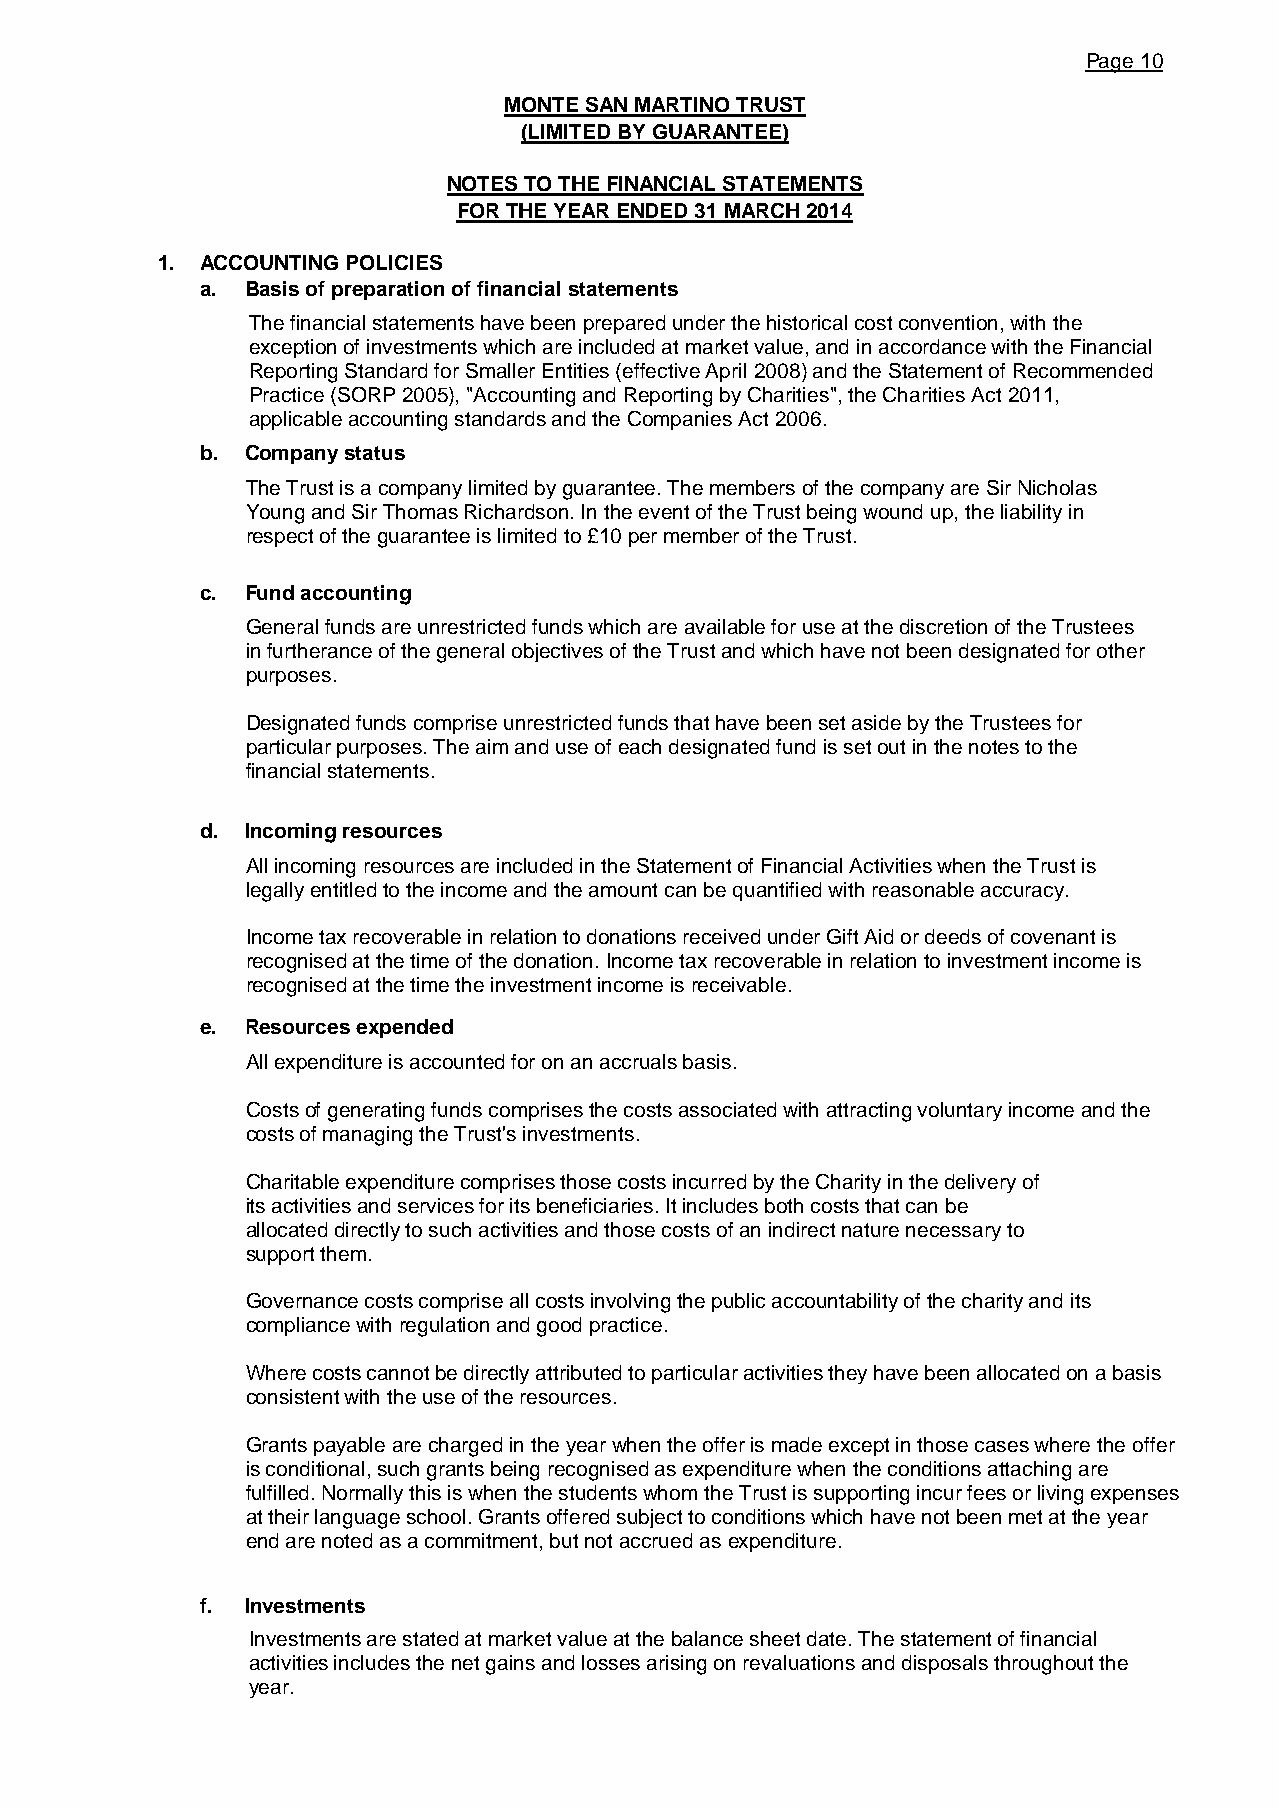
Page 10
 MONTE SAN MARTINO TRUST
 (LIMITED BY GUARANTEE)
 NOTES TO THE FINANCIAL STATEMENTS
 FOR THE YEAR ENDED 31 MARCH 2014
 1. ACCOUNTING POLICIES
 a. Basis of preparation of financial statements
 The financial statements have been prepared under the historical cost convention, with the
 exception of investments which are included at market value, and in accordance with the Financial
 Reporting Standard for Smaller Entities (effective April 2008) and the Statement of Recommended
 Practice (SORP 2005), "Accounting and Reporting by Charities", the Charities Act 2011,
 applicable accounting standards and the Companies Act 2006.
 b. Company status
 The Trust is a company limited by guarantee. The members of the company are Sir Nicholas
 Young and Sir Thomas Richardson. In the event of the Trust being wound up, the liability in
 respect of the guarantee is limited to £10 per member of the Trust.
 c. Fund accounting
 General funds are unrestricted funds which are available for use at the discretion of the Trustees
 in furtherance of the general objectives of the Trust and which have not been designated for other
 purposes.
 Designated funds comprise unrestricted funds that have been set aside by the Trustees for
 particular purposes. The aim and use of each designated fund is set out in the notes to the
 financial statements.
 d. Incoming resources
 All incoming resources are included in the Statement of Financial Activities when the Trust is
 legally entitled to the income and the amount can be quantified with reasonable accuracy.
 Income tax recoverable in relation to donations received under Gift Aid or deeds of covenant is
 recognised at the time of the donation. Income tax recoverable in relation to investment income is
 recognised at the time the investment income is receivable.
 e. Resources expended
 All expenditure is accounted for on an accruals basis.
 Costs of generating funds comprises the costs associated with attracting voluntary income and the
 costs of managing the Trust's investments.
 Charitable expenditure comprises those costs incurred by the Charity in the delivery of
 its activities and services for its beneficiaries. It includes both costs that can be
 allocated directly to such activities and those costs of an indirect nature necessary to
 support them.
 Governance costs comprise all costs involving the public accountability of the charity and its
 compliance with regulation and good practice.
 Where costs cannot be directly attributed to particular activities they have been allocated on a basis
 consistent with the use of the resources.
 Grants payable are charged in the year when the offer is made except in those cases where the offer
 is conditional, such grants being recognised as expenditure when the conditions attaching are
 fulfilled. Normally this is when the students whom the Trust is supporting incur fees or living expenses
 at their language school. Grants offered subject to conditions which have not been met at the year
 end are noted as a commitment, but not accrued as expenditure.
 f. Investments
 Investments are stated at market value at the balance sheet date. The statement of financial
 activities includes the net gains and losses arising on revaluations and disposals throughout the
 year.
 Grants payable are recognised as expenditure when a legal or constructive obligation to pay